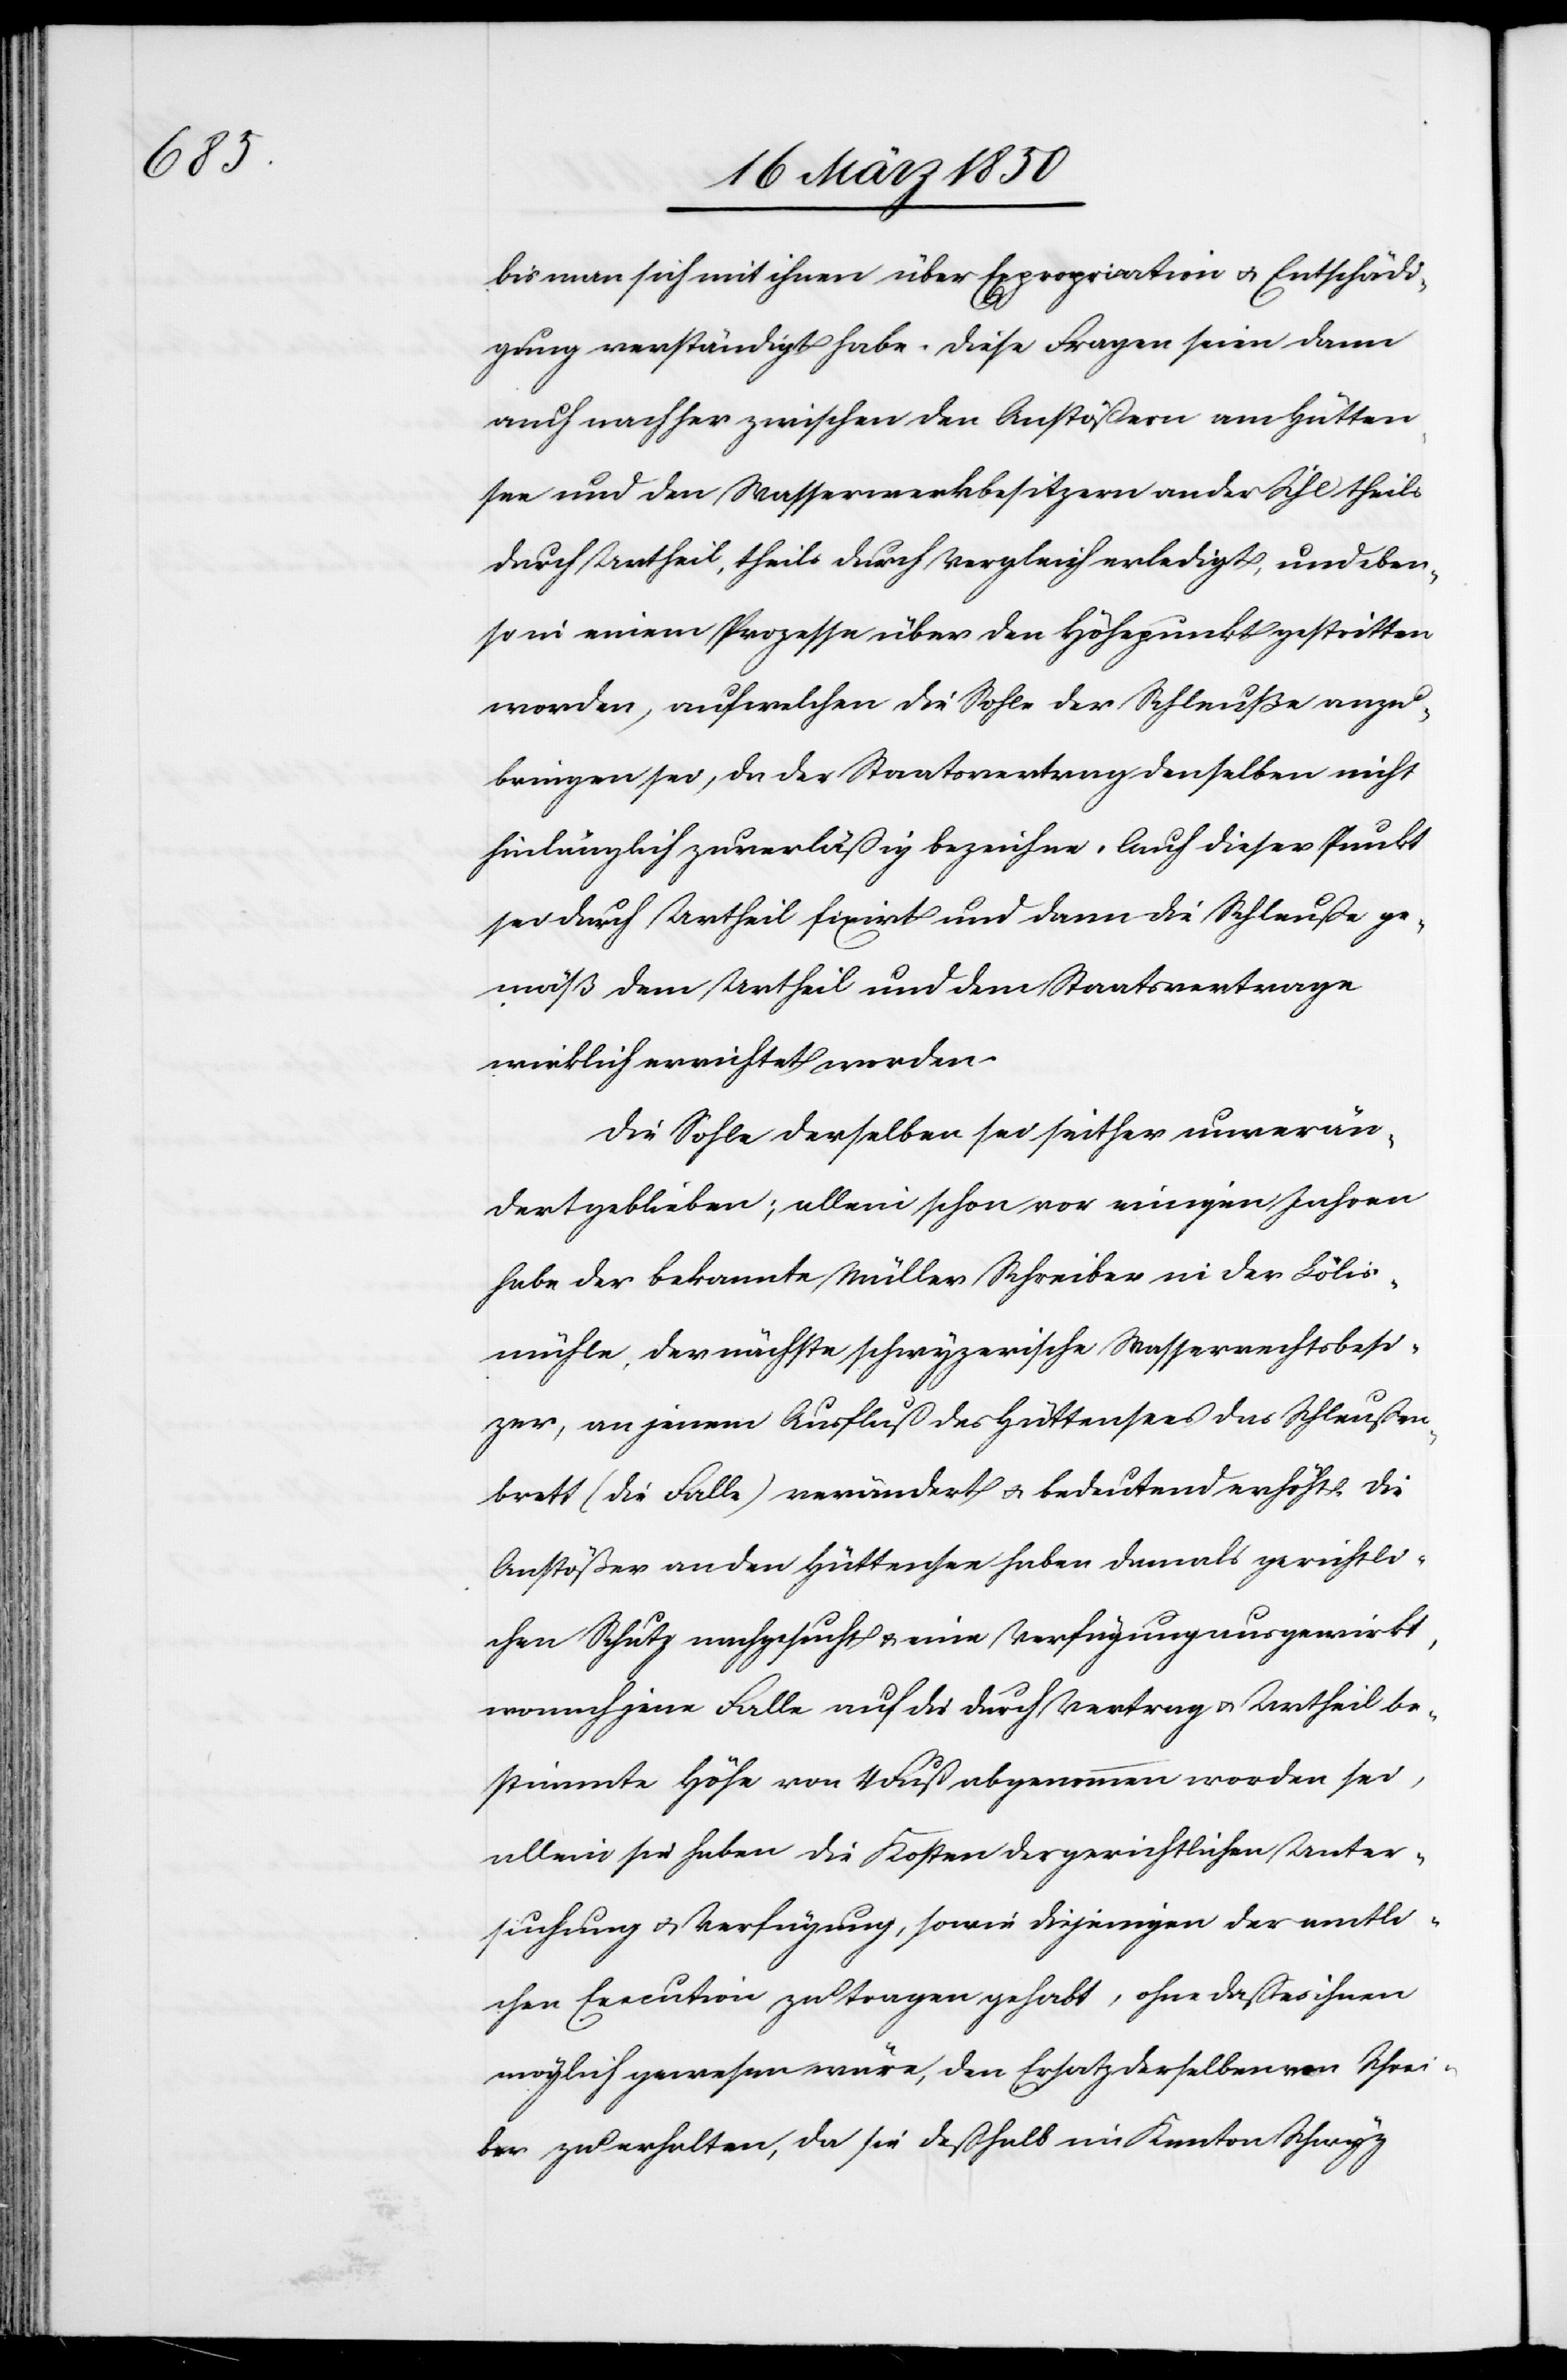
[re¬

bis man sich mit ihnen über Expropriation u. Entschädi¬
gung verständigt habe. Diese Fragen seien dann
auch nachher zwischen den Anstößern am Hütten¬
see und den Wasserwerkbesitzern an der Sihl theils
durch Urtheil, theils durch Vergleich erledigt, und eben¬
so in einem Prozesse über den Höhepunkt gestritten
worden, auf welchen die Sohle der Schleuße anzu¬
bringen sei, da der Staatsvertrag denselben nicht
hinlänglich zuverläßig bezeichne. Auch dieser Punkt
sei durch Urtheil fixirt und dann die Schleuße ge¬
mäß dem Urtheil und dem Staatsvertrage
wirklich errichtet worden.
Die Sohle derselben sei seither unverän¬
dert geblieben; allein schon vor einigen Jahren
habe der bekannte Müller Schreiber in der Lölis¬
mühle, der nächste schwyzerische Wasserrechtsbesi¬
zer, an jenem Ausfluß des Hüttensees das Schleußen¬
brett (die Falle) verändert u. bedeutend erhöht. Die
Anstößer an den Hüttensee haben damals gerichtli¬
chen Schutz nachgesucht u. eine Verfügung ausgewirkt,
wonach jene Falle auf die durch Vertrag u. Urtheil be¬
stimmte Höhe von 4 Fuß abgenommen worden sei,
allein sie haben die Kosten der gerichtlichen Unter¬
suchung u. Verfügung, sowie diejenigen der amtli¬
cte: Execution] zu tragen gehabt, ohne daß es ihnen
möglich gewesen wäre, den Ersatz derselben von Schrei¬
ber zu erhalten, da sie deßhalb im Kanton Schwyz